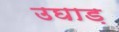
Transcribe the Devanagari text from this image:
उघाड़